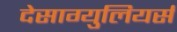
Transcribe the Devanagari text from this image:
देसाग्युलियर्स